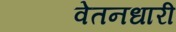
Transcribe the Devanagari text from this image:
वेतनधारी